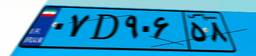
۹۰D۷۴۰۷۳